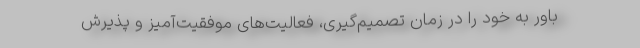
باور به خود را در زمان تصمیم‌گیری، فعالیت‌های موفقیت‌آمیز و پذیرش